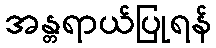
အန္တရာယ်ပြုရန်